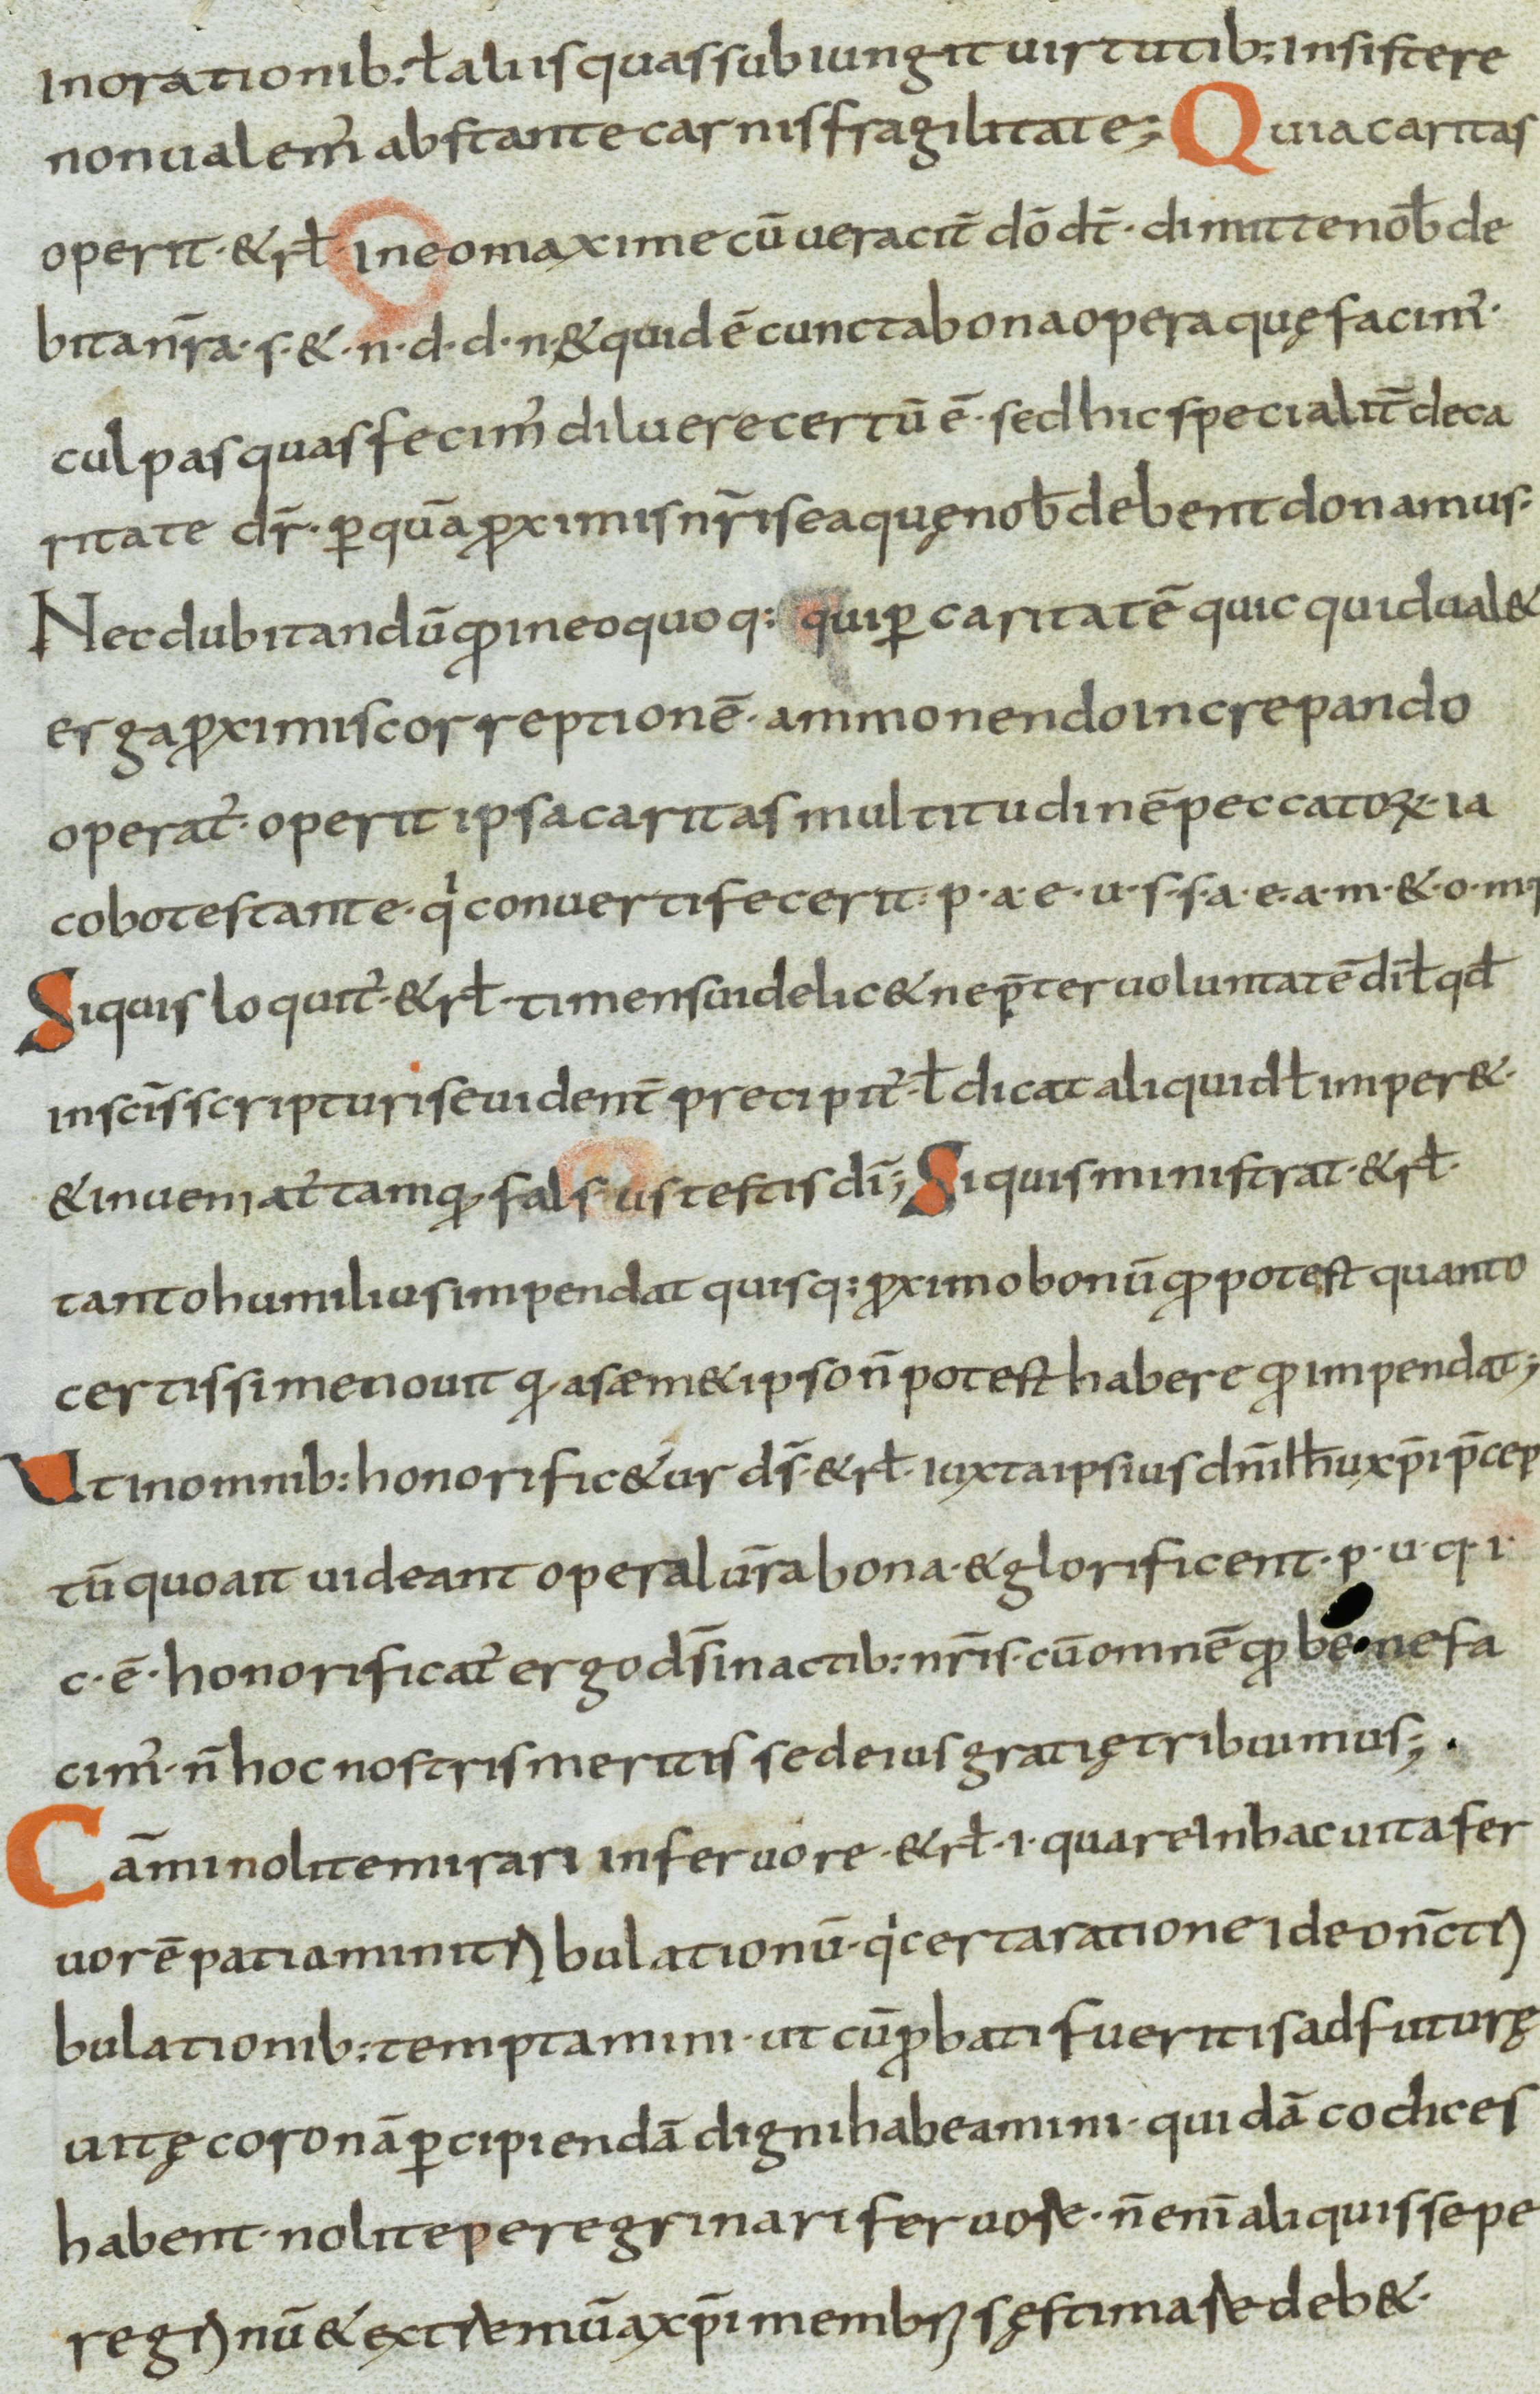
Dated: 800–899